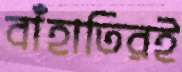
বাঁহাতিরই